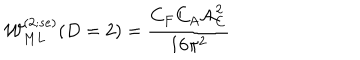
{ \cal W } _ { M L } ^ { ( 2 ; s e ) } ( D = 2 ) = \frac { C _ { F } C _ { A } { \cal A } _ { C } ^ { 2 } } { { 1 6 { \pi } ^ { 2 } } }